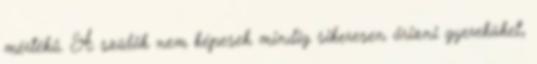
mértékű. A szülők nem képesek mindig sikeresen őrizni gyereküket,